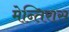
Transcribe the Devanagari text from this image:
मेन्तिरास